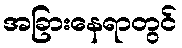
အခြားနေရာတွင်